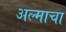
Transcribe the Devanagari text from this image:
अल्माचा